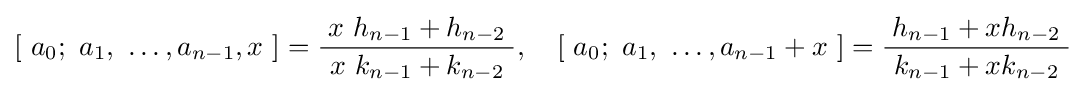
\left[\ a_{0};\ a_{1},\ \dots ,a_{n-1},x\ \right]={\frac {x\ h_{n-1}+h_{n-2}}{\ x\ k_{n-1}+k_{n-2}\ }},\quad \left[\ a_{0};\ a_{1},\ \dots ,a_{n-1}+x\ \right]={\frac {h_{n-1}+xh_{n-2}}{\ k_{n-1}+xk_{n-2}\ }}